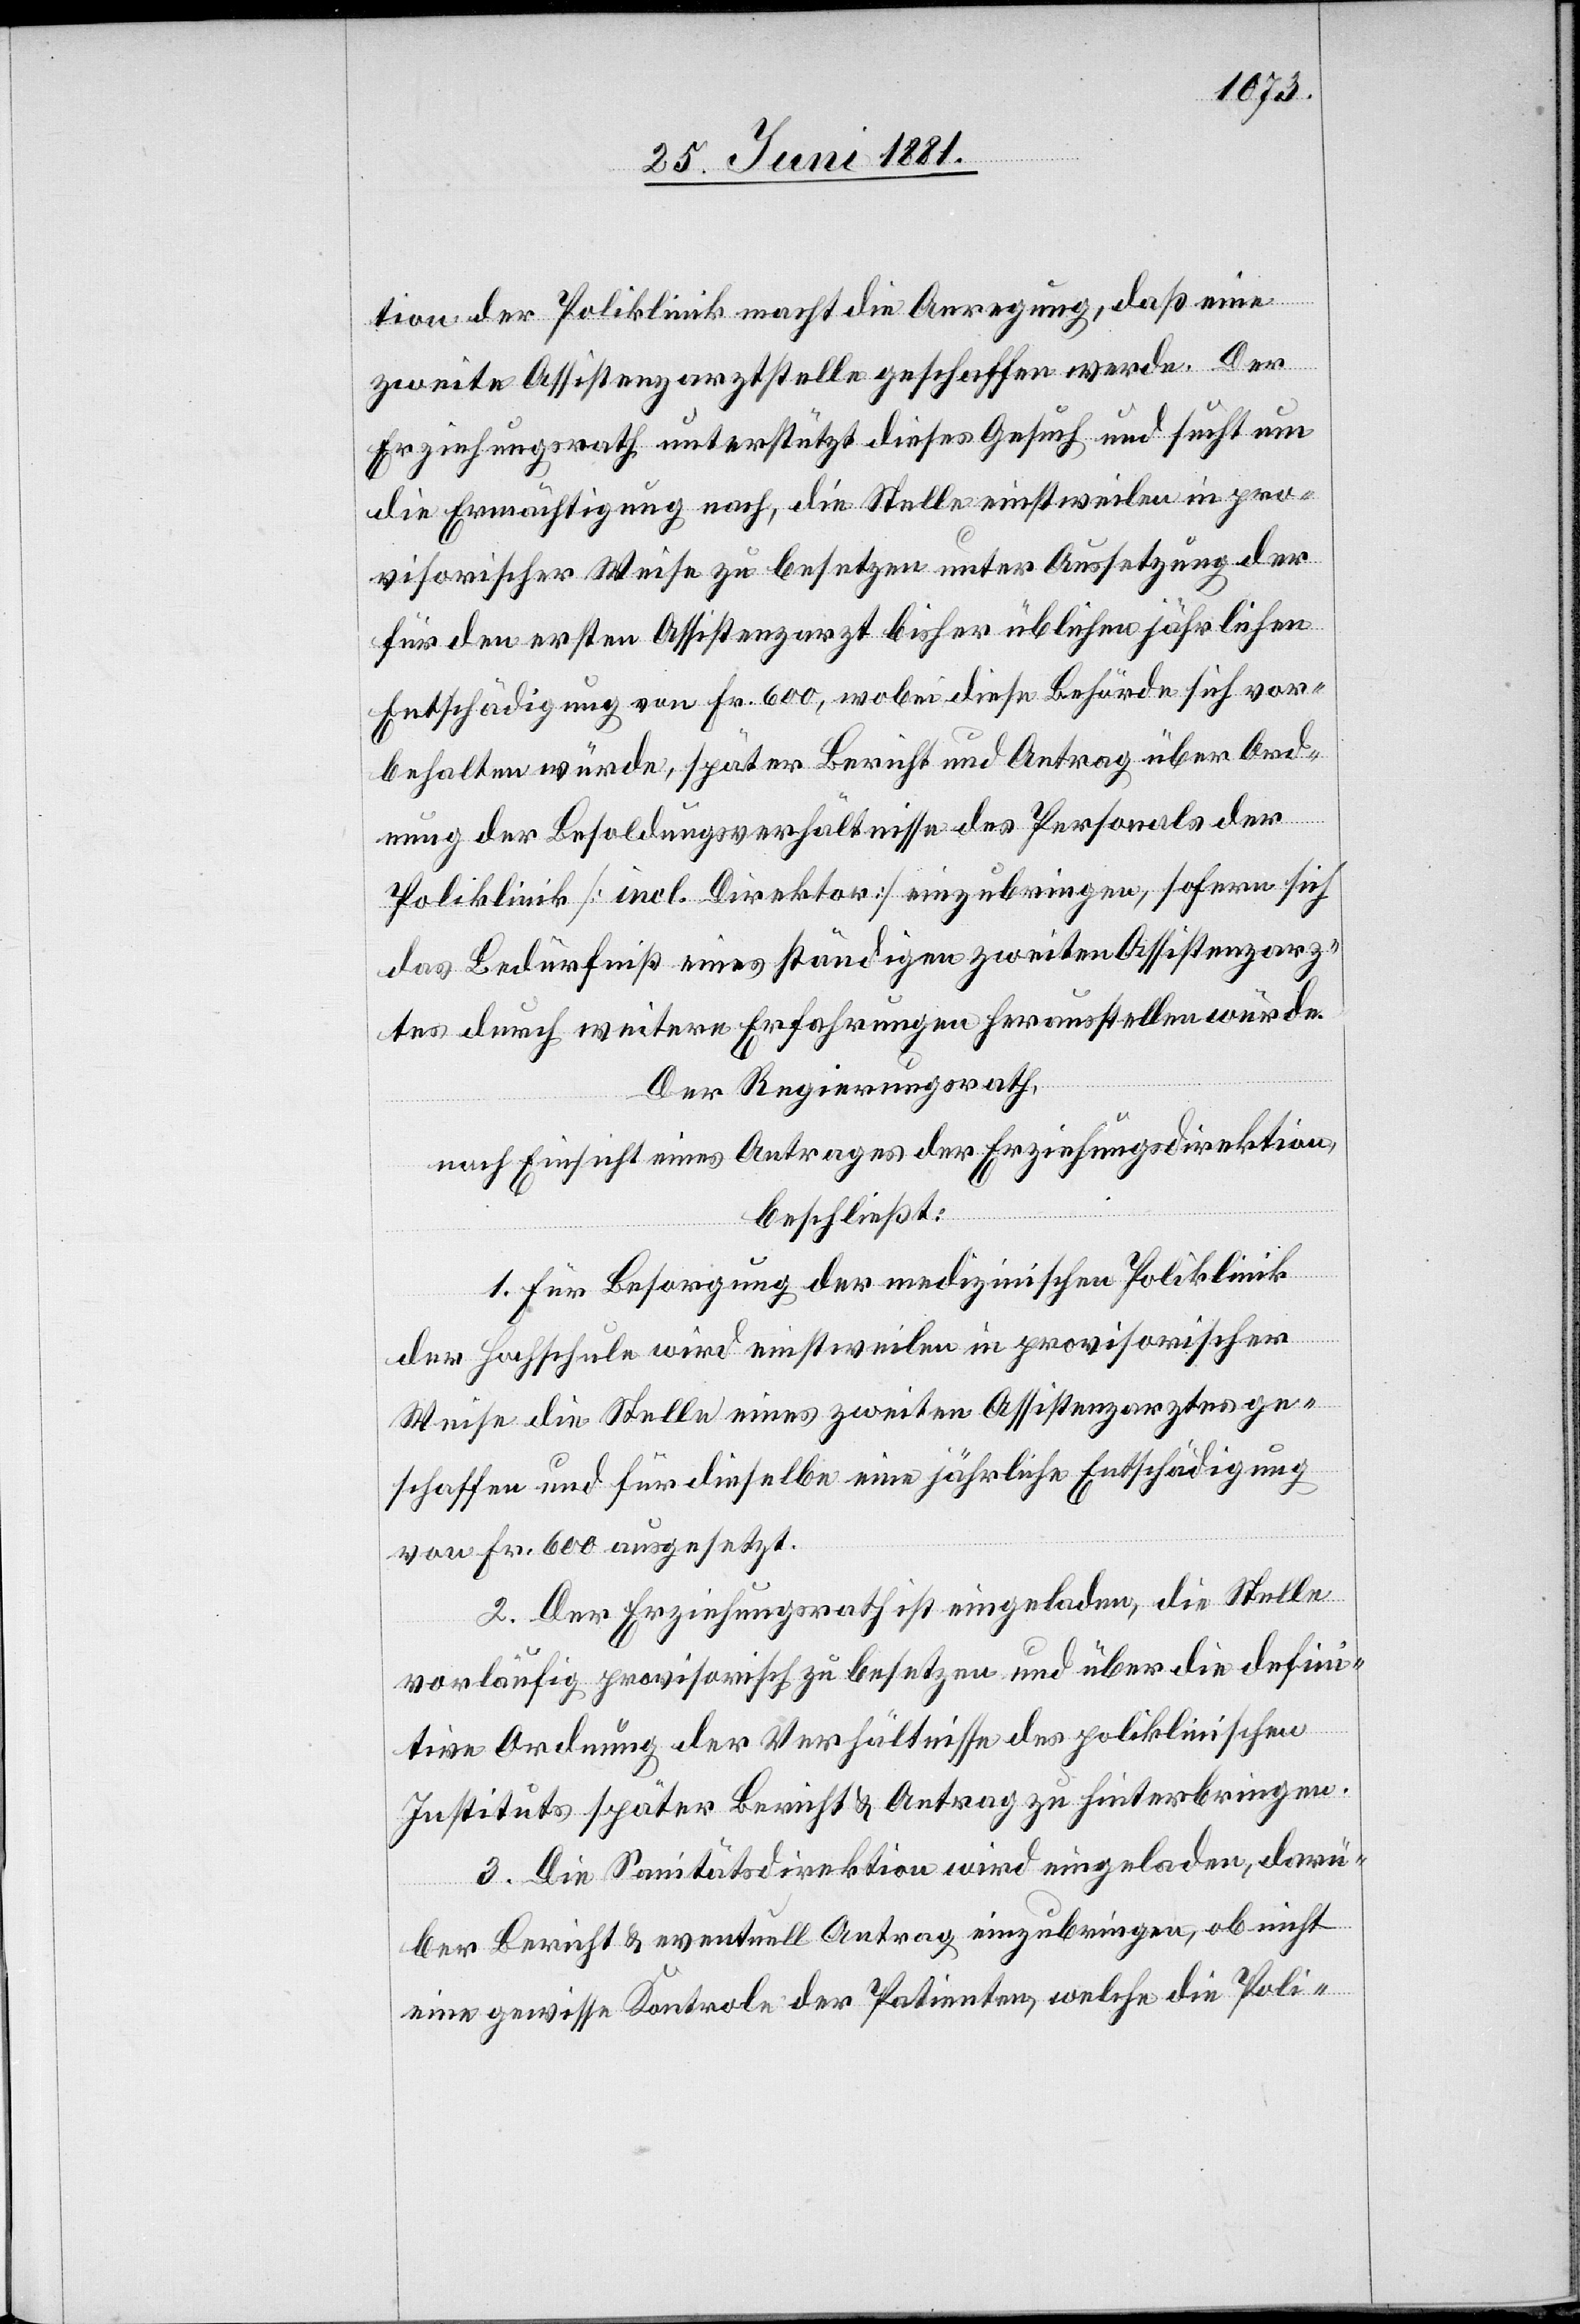
tion der Poliklinik macht die Anregung, daß eine
zweite Assistenzarztstelle geschaffen werde. Der
Erziehungsrath unterstützt dieses Gesuch und sucht um
die Ermächtigung nach, die Stelle einstweilen in pro¬
visorischer Weise zu besetzen unter Aussetzung der
für den ersten Assistenzarzt bisher üblichen jährlichen
Entschädigung von Fr. 600, wobei diese Behörde sich vor¬
behalten würde, später Bericht und Antrag über Ord¬
nung der Besoldungsverhältnisse des Personals der
Poliklinik [incl. Direktor] einzubringen, sofern sich
das Bedürfniß eines ständigen zweiten Assistenzarz¬
tes durch weitere Erfahrungen herausstellen würde.
Der Regierungsrath,
nach Einsicht eines Antrages der Erziehungsdirektion,
beschließt:
1. Für Besorgung der medizinischen Poliklinik
der Hochschule wird einstweilen in provisorischer
Weise die Stelle eines zweiten Assistenzarztes ge¬
schaffen und für dieselbe eine jährliche Entschädigung
von Fr. 600 ausgesetzt.
2. Der Erziehungsrath ist eingeladen, die Stelle
vorläufig provisorisch zu besetzen und über die defini¬
tive Ordnung der Verhältnisse des poliklinischen
Instituts später Bericht & Antrag zu hinterbringen.
3. Die Sanitätsdirektion wird eingeladen, darü¬
ber Bericht & eventuell Antrag einzubringen, ob nicht
eine gewisse Kontrole der Patienten, welche die Poli-